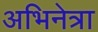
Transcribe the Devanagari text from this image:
अभिनेत्रा